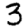
Digit: 3